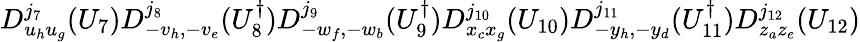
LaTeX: D_{u_{h}u_{g}}^{j_{7}}(U_{7})D_{-v_{h},-v_{e}}^{j_{8}}(U_{8}^{\dagger})D_{-w_{f},-w_{b}}^{j_{9}}(U_{9}^{\dagger})D_{x_{c}x_{g}}^{j_{10}}(U_{10})D_{-y_{h},-y_{d}}^{j_{11}}(U_{11}^{\dagger})D_{z_{a}z_{e}}^{j_{12}}(U_{12})